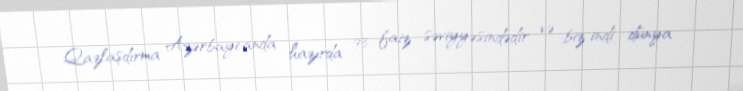
Qazlaşdırma Azərbaycanda hazırda 93 faiz səviyyəsindədir və biz indi dünya